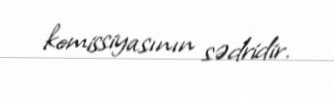
komissiyasının sədridir.